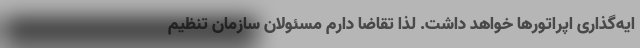
ایه‌گذاری اپراتورها خواهد داشت. لذا تقاضا دارم مسئولان سازمان تنظیم